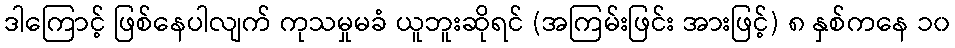
ဒါကြောင့် ဖြစ်နေပါလျက် ကုသမှုမခံ ယူဘူးဆိုရင် (အကြမ်းဖြင်း အားဖြင့်) ၈ နှစ်ကနေ ၁၀